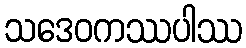
သဒေဝကဿပါဿ